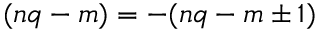
( n q - m ) = - ( n q - m \pm 1 )